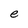
Character: e